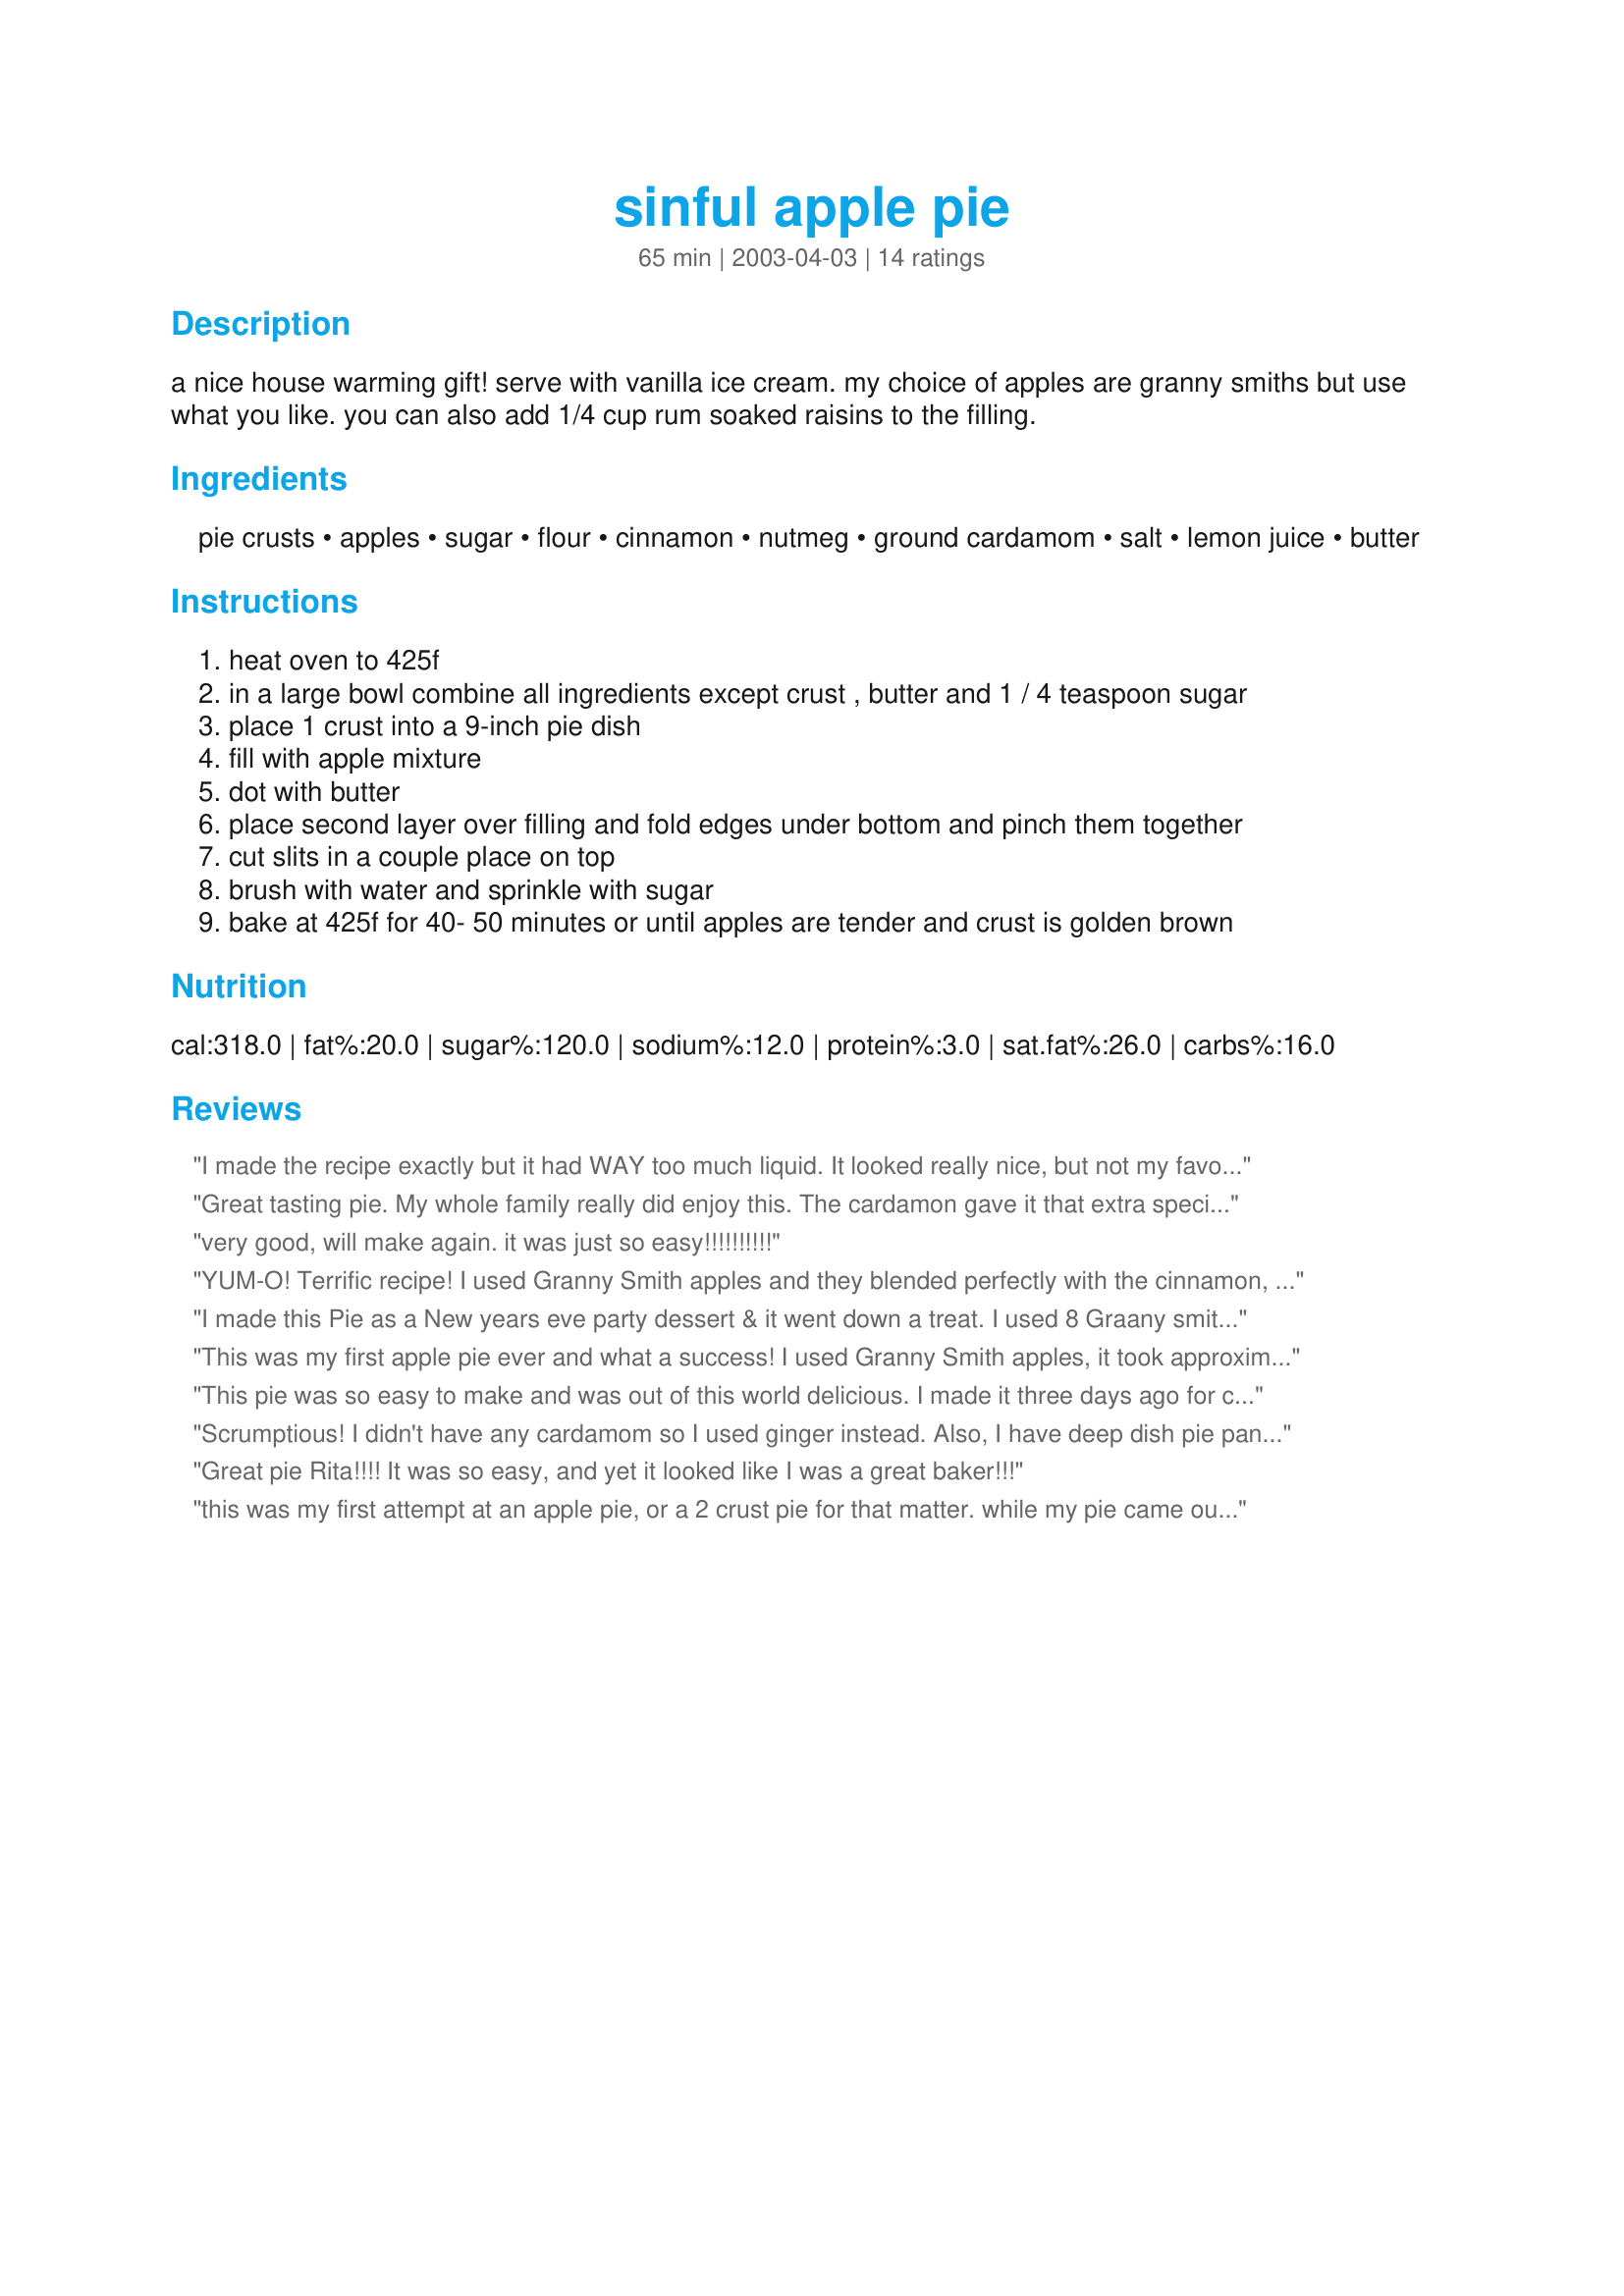
sinful apple pie
Preparation time: 65 minutes

a nice house warming gift! serve with vanilla ice cream. my choice of apples are granny smiths but use what you like. you can also add 1/4 cup rum soaked raisins to the filling.

Ingredients:
pie crusts, apples, sugar, flour, cinnamon, nutmeg, ground cardamom, salt, lemon juice, butter

Steps:
heat oven to 425f
in a large bowl combine all ingredients except crust , butter and 1 / 4 teaspoon sugar
place 1 crust into a 9-inch pie dish
fill with apple mixture
dot with butter
place second layer over filling and fold edges under bottom and pinch them together
cut slits in a couple place on top
brush with water and sprinkle with sugar
bake at 425f for 40- 50 minutes or until apples are tender and crust is golden brown

Reviews:
I made the recipe exactly but it had WAY too much liquid. It looked really nice, but not my favorite recipe.
Great tasting pie. My whole family really did enjoy this. The cardamon gave it that extra special touch. Thanks for posting this recipe.
very good, will make again. it was just so easy!!!!!!!!!!
YUM-O! Terrific recipe! I used Granny Smith apples and they blended perfectly with the cinnamon, sugar, etc. Thanks for posting!!
I made this Pie as a New years eve party dessert & it went down a treat.
I used 8 Graany smith apples & added lime juice as had no Lemon juice.
I also adde the Rum soaked Raisons as you suggested & served it with thick cream.
The pie had a great taste, thanks for sharing this recipe
This was my first apple pie ever and what a success! I used Granny Smith apples, it took approximately 8 to make 6 cups worth. I followed the recipe with exception to the sugar. I really wanted to offer my diabetic father a piece so I used Splenda instead. I used Tenderflake deep dish pie crusts which can be found in the frozen section. One day I hope to make my own pie crusts but Tenderflake's were fine.

The pie itself smelled heavenly while baking and even more so after cutting myself a slice. There's something about the smell of tenderized apples and cinnamon that is inviting. When served with vanilla ice cream, it makes the perfect end to a fine meal. The apples were tender and not too tart and not too sweet.

Thank you for sharing this recipe. I will most definitely make it again.
This pie was so easy to make and was out of this world delicious. I made it three days ago for company and already my DH is asking me to make another. Thanks for this wonderfu recipe!
Scrumptious!
I didn't have any cardamom so I used ginger instead. Also, I have deep dish pie pans and next time would use 7-8 cups of apples instead of 6. I will definitely be making this again, DH love, love, loved it!
Great pie Rita!!!! It was so easy, and yet it looked like I was a great baker!!!
this was my first attempt at an apple pie, or a 2 crust pie for that matter. while my pie came out lopsided and pretty funny looking, it tasted delicious both warm and refrigerated. the family just loved this one!
This was a lovely, delicious pie. I already have a family favorite apple pie, but was very happy to give this slightly different version a try - and am very glad I did. It is every bit as good and has a unique taste - the blend of spices is quite tasty. The apples came out perfectly tender, yet held their shape well. Thanks for sharing this delicious version of an American standard!
Done well .
Cheers
This is just like the apple pie I make. I cut out pastry leaves to decorate the top and I always use English cooking apples as I think the tartness of them goes so well with the rich sweetness of the ice cream.

Oh yeah, and I forgot to mention I eat the pie straight from the oven... always a case of "ummmmm" followed by "ow" and another "ummmm".

A LITTLE TASTE OF HEAVEN! 

(I clicked on all the stars but it doesn't look as if it's coming up?)
OMG...Love apple pie, heated with the vanilla ice cream slightly melted even in the dead of summer. I used a mixture of apples, but what I really liked that I never used in apple pie that was used here was cardamom. I have used it in peach pie or kuchen which is wonderful. But Rita, I liked it in the apples as well. Gave it a nice taste Thanks again for a winner!!
